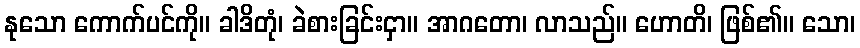
နုသော ကောက်ပင်ကို။ ခါဒိတုံ၊ ခဲစားခြင်းငှာ။ အာဂတော၊ လာသည်။ ဟောတိ၊ ဖြစ်၏။ သော၊